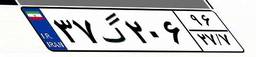
۳۷گ۲۰۶۹۶